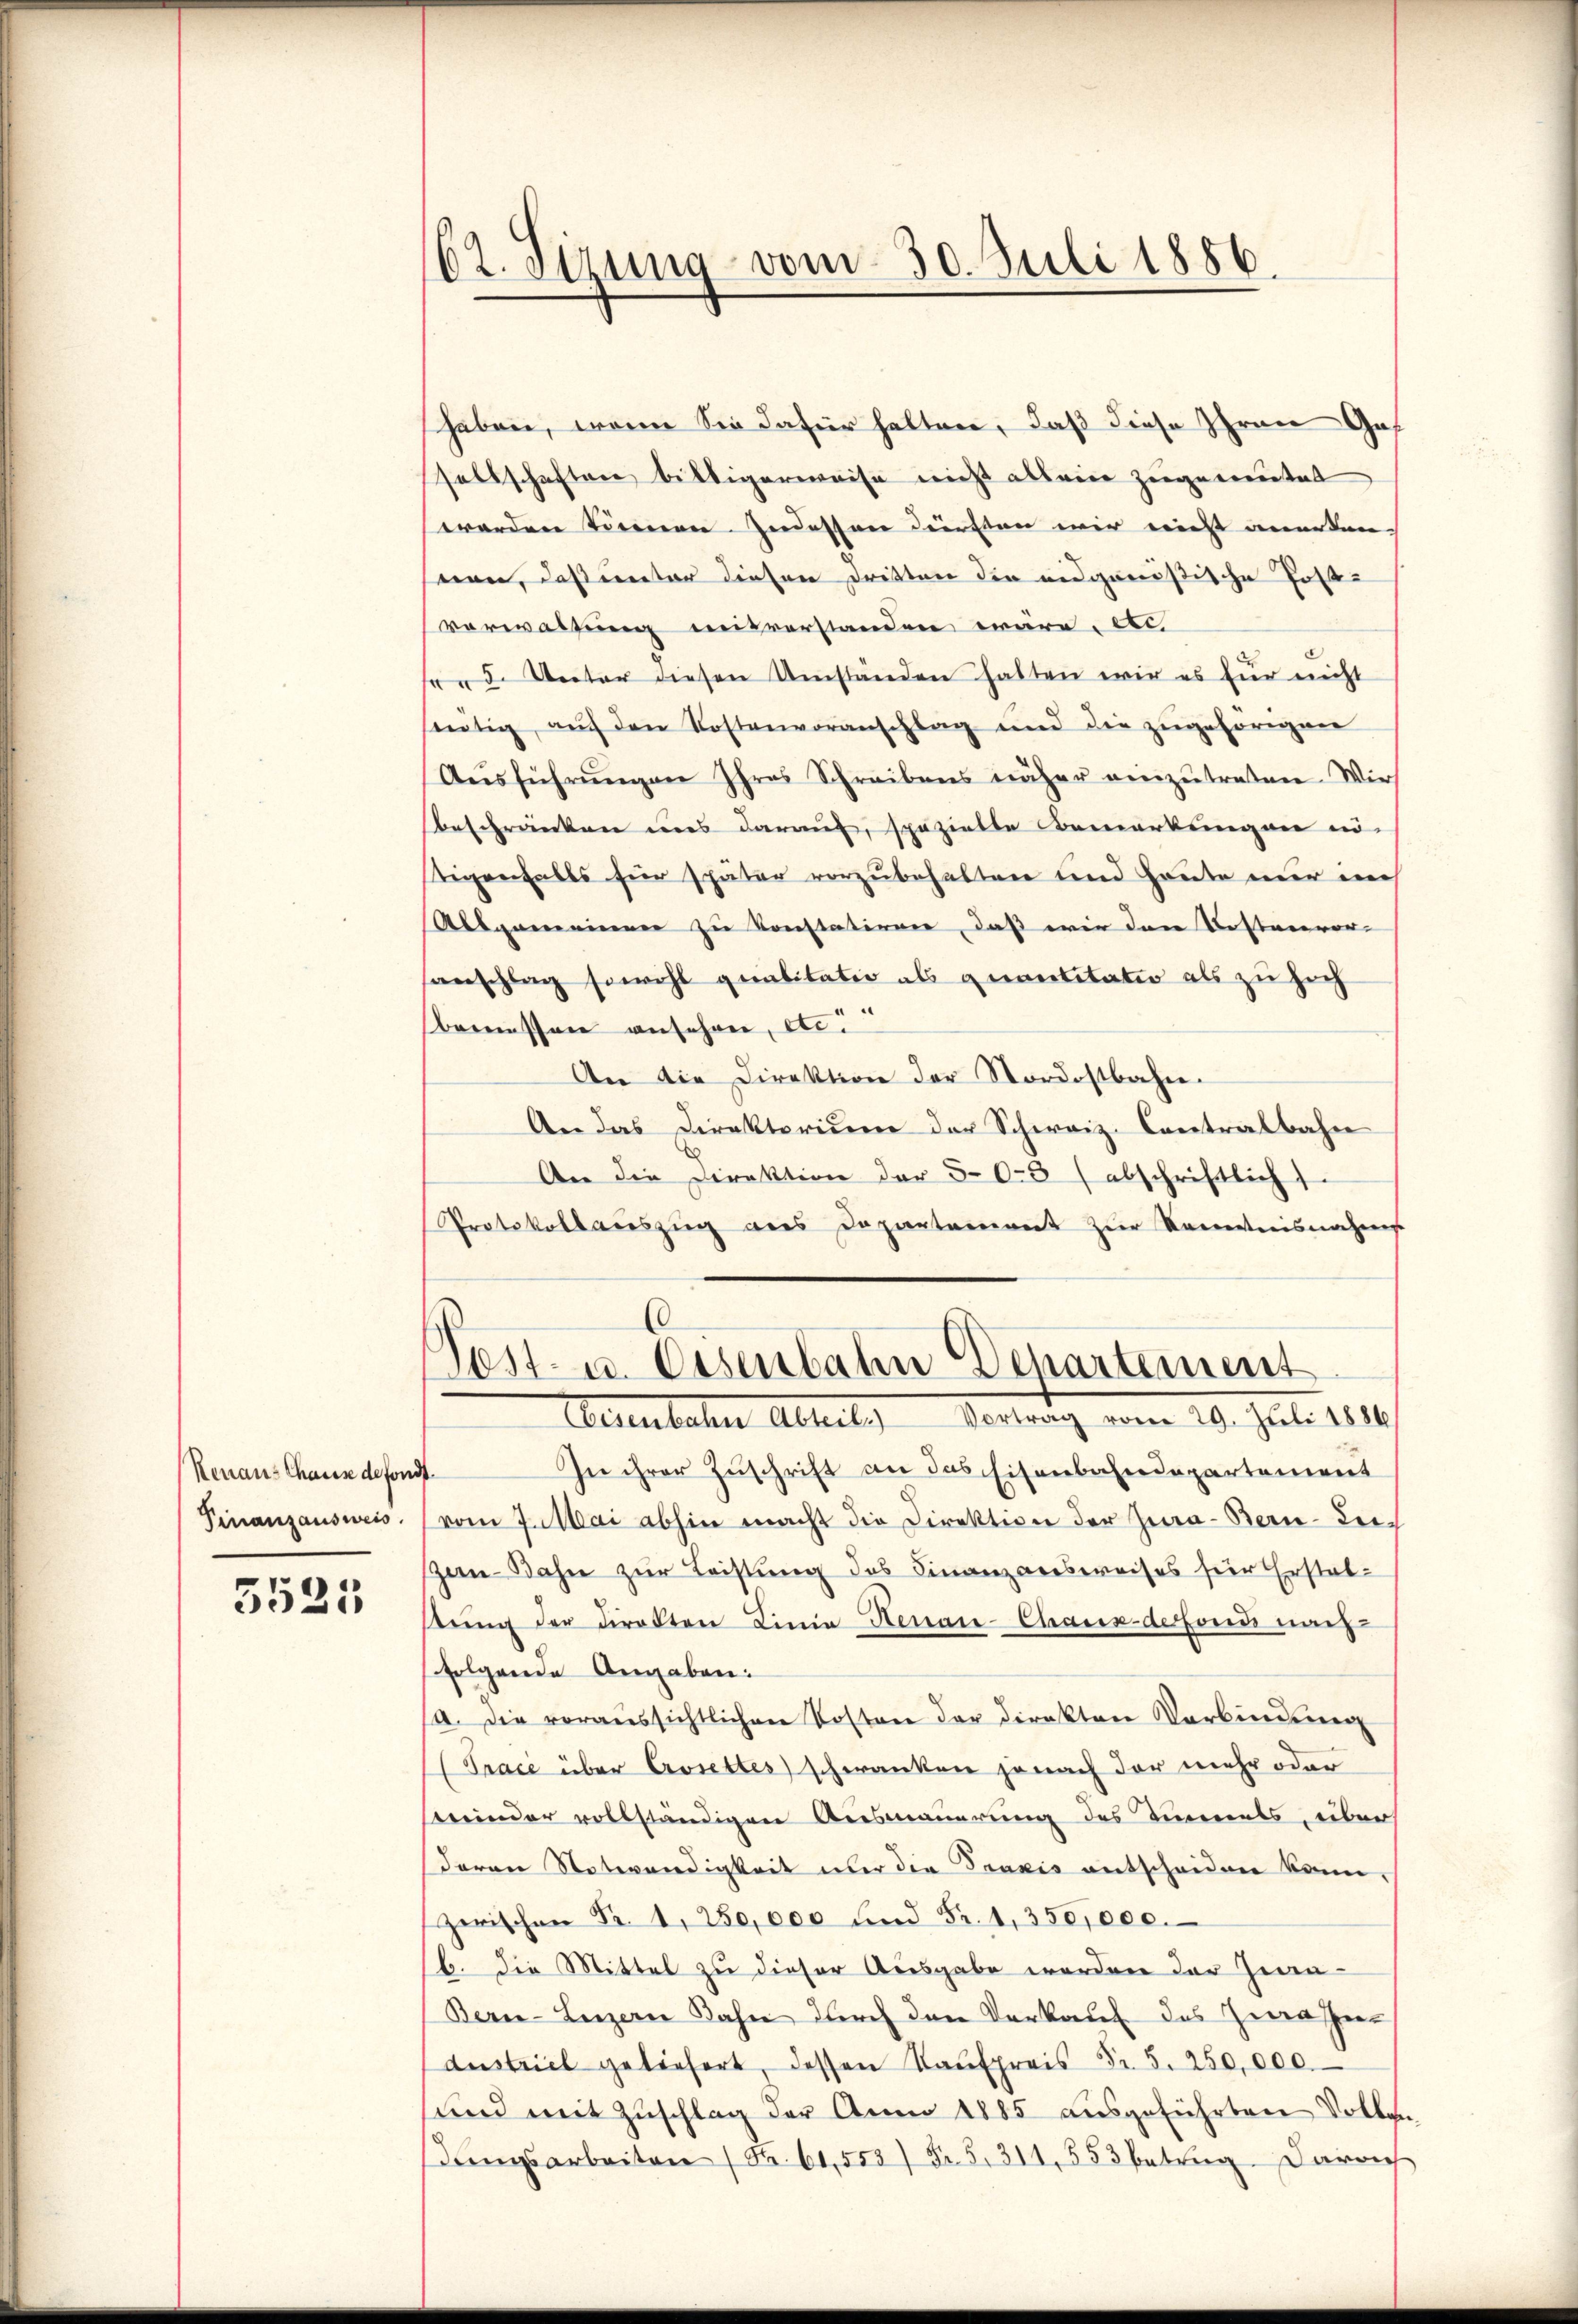
Renaus Chause defondt.
Finanzausweis

3525

162. Sizung vom 30. Juli 1886.

haben, wenn Sie dafür halten, daß diese Ihren Gas
sellschaften billigerweise nicht als eine zugemutet
werden können Indessen dürften wir nicht anerken
nen, daß unter diesen Dritten die eidgenößische Post-
verwaltung mitverstanden wäre, etc.
 5. Unter diesen Umständen hatten wir es für nicht
heutig, auf den Kostenvoranschlag und die zugehörigen
Aŭsführŭngen Ihres Schreibens näher einzŭtreten. Wir
Beschränken uns darauf, spezielle Bemerkungen nö
tigenfalls für später vorzubehalten und Heute nur im
Allgemeinen zu konstatiren, daß wir den Kostenvor-
sanschlag sowohl geralitatio als gereititater als zu hoch
bemessen ansehen, etc.
An die Direktion der Nordostbahn.
An das Direktorium der Schweiz. Contralbahn
An die Direktion der 503 (abschriftlich
Protokollaŭszŭg ans Departement zŭr Kenntnisnahms
.
Post- u. Eisenbahn Departement
Eisenbahn Abteil. Vortrag vom 29. Juli 1886
In ihrer Zuschrift an das Eisenbahndepartement
vom 7. Mai abhin macht die Direktion der Jura - Bern - Leich
Zen-Bahn zur Leistung des Finanzausweises für Erstatstŭng der Direkten Linie Henau-Chaux-defonds nach
(folgende Angaben:
a. Die voraussichtlichen Kosten der Direktor Verbindung
(Trace über Crosettes) schwanken je nach der mehr oder
steinder vollständigen Ausmauerung des Tunnels, über
deren Notwendigkeit nur die Praxis entscheiden kann,
Zerischen Fr. 1, 250,000 und Fr. 1350,000.
b. Die Mittel zu dieser Ausgabe werden der Zwa-
Bern-Luzern Jahn durch den Verkauf des Herrathen
austriel geliefert, dessen Kaŭfpreis Fr. 5. 250,000.
sund mit Zuschlag der Anno 1885 ausgeführten Vollen
angsarbeiten (Fr. 61,558) Fr. 5. 311, 553 betrug. Darauf